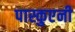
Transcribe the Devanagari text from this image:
पास्कुएनी